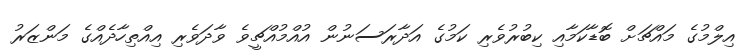
އިލްމުގެ މައްޗަށް ބޮޑާކަމާއި ކިބުރުވެރި ކަމުގެ އަދާރަސަނުން އުއްމުއްޗީވެ ވާދަވެރި އިއްތިހާދެއްގެ މަންޒަރު